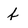
Character: f